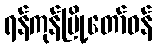
ရန်ကုန်မြို့တော်ဝန်